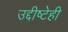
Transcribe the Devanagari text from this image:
उद्दीष्टेही